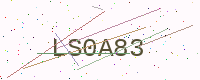
Text: LS0A83